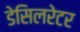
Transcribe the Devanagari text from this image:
डेसिलरेटर